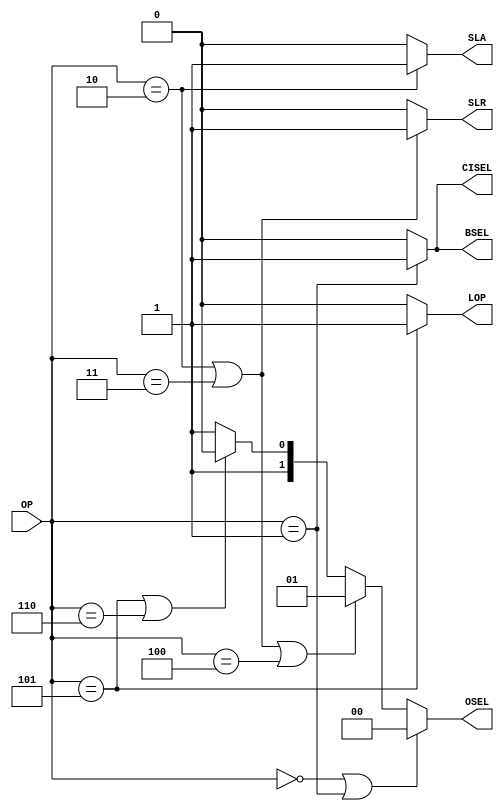
module control(OP, CISEL, BSEL, OSEL, SLA, SLR, LOP); // add other inputs and outputs here

  // inputs (add others here)
  input  [2:0]  OP;
  
  // outputs (add others here)
  output        CISEL;
  output        BSEL;
  output[1:0]   OSEL;
  output        SLA;
  output        SLR;
  output        LOP;

  // reg and internal variable definitions
  
  
  // implement module here (add other control signals below)
  assign CISEL = (OP == 3'b001) ? 1'b1 : 1'b0;
  assign BSEL = (OP == 3'b001) ? 1'b1 : 1'b0;
  assign OSEL = (OP == (3'b000)|OP == (3'b001)) ? 2'b00 : (OP == (3'b010)|OP == (3'b011)|OP == (3'b100)) ? 2'b01 : (OP == (3'b101)|OP == (3'b110)) ? 2'b10 : 2'b11 ;
  assign SLA = (OP == 3'b010) ? 1'b1 : 1'b0;
  assign SLR = (OP == (3'b010)|OP == (3'b011)) ? 1'b1 : 1'b0;
  assign LOP = (OP == 3'b101) ? 1'b1 : 1'b0;
  
endmodule